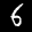
Label: 6